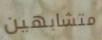
متشابهين